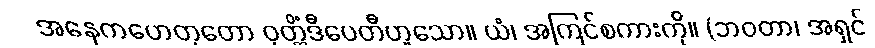
အနေကဟေတုတော ဝုတ္တိံဒီပေတီဟူသော။ ယံ၊ အကြင်စကားကို။ (ဘဝတာ၊ အရှင်